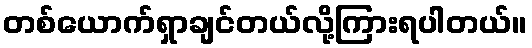
တစ်ယောက်ရှာချင်တယ်လို့ကြားရပါတယ်။